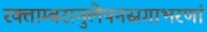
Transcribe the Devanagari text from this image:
रक्ताम्बरानुलेपनस्रगाभरणां